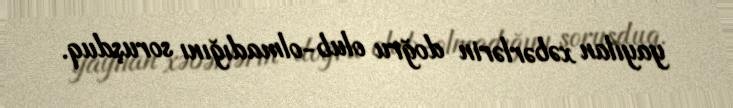
yayılan xəbərlərin doğru olub-olmadığını soruşduq.